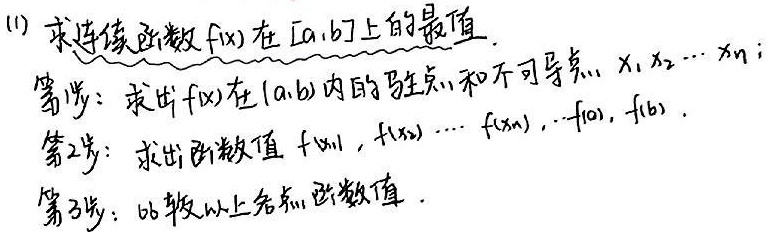
\textcircled{1} 求连续函数 \(f(x)\) 在 \([a,b]\) 上的最值。
第1步：求出 \(f(x)\) 在 \((a,b)\) 内的驻点和不可导点 \(x_1,x_2,\cdots,x_n\)；
第2步：求出函数值 \(f(x_1),f(x_2),\cdots,f(x_n),f(a),f(b)\)。
第3步：比较以上各函数值。